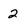
Character: 2